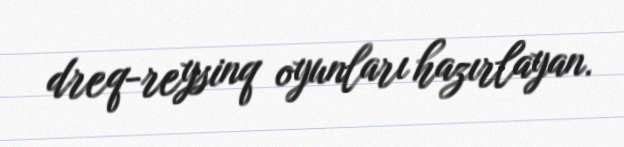
dreq-reysinq oyunları hazırlayan.